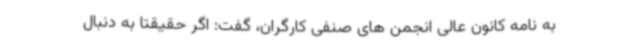
به نامه کانون عالی انجمن های صنفی کارگران، گفت: اگر حقیقتا به دنبال